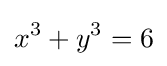
x^{3}+y^{3}=6